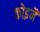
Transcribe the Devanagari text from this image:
कोइनै